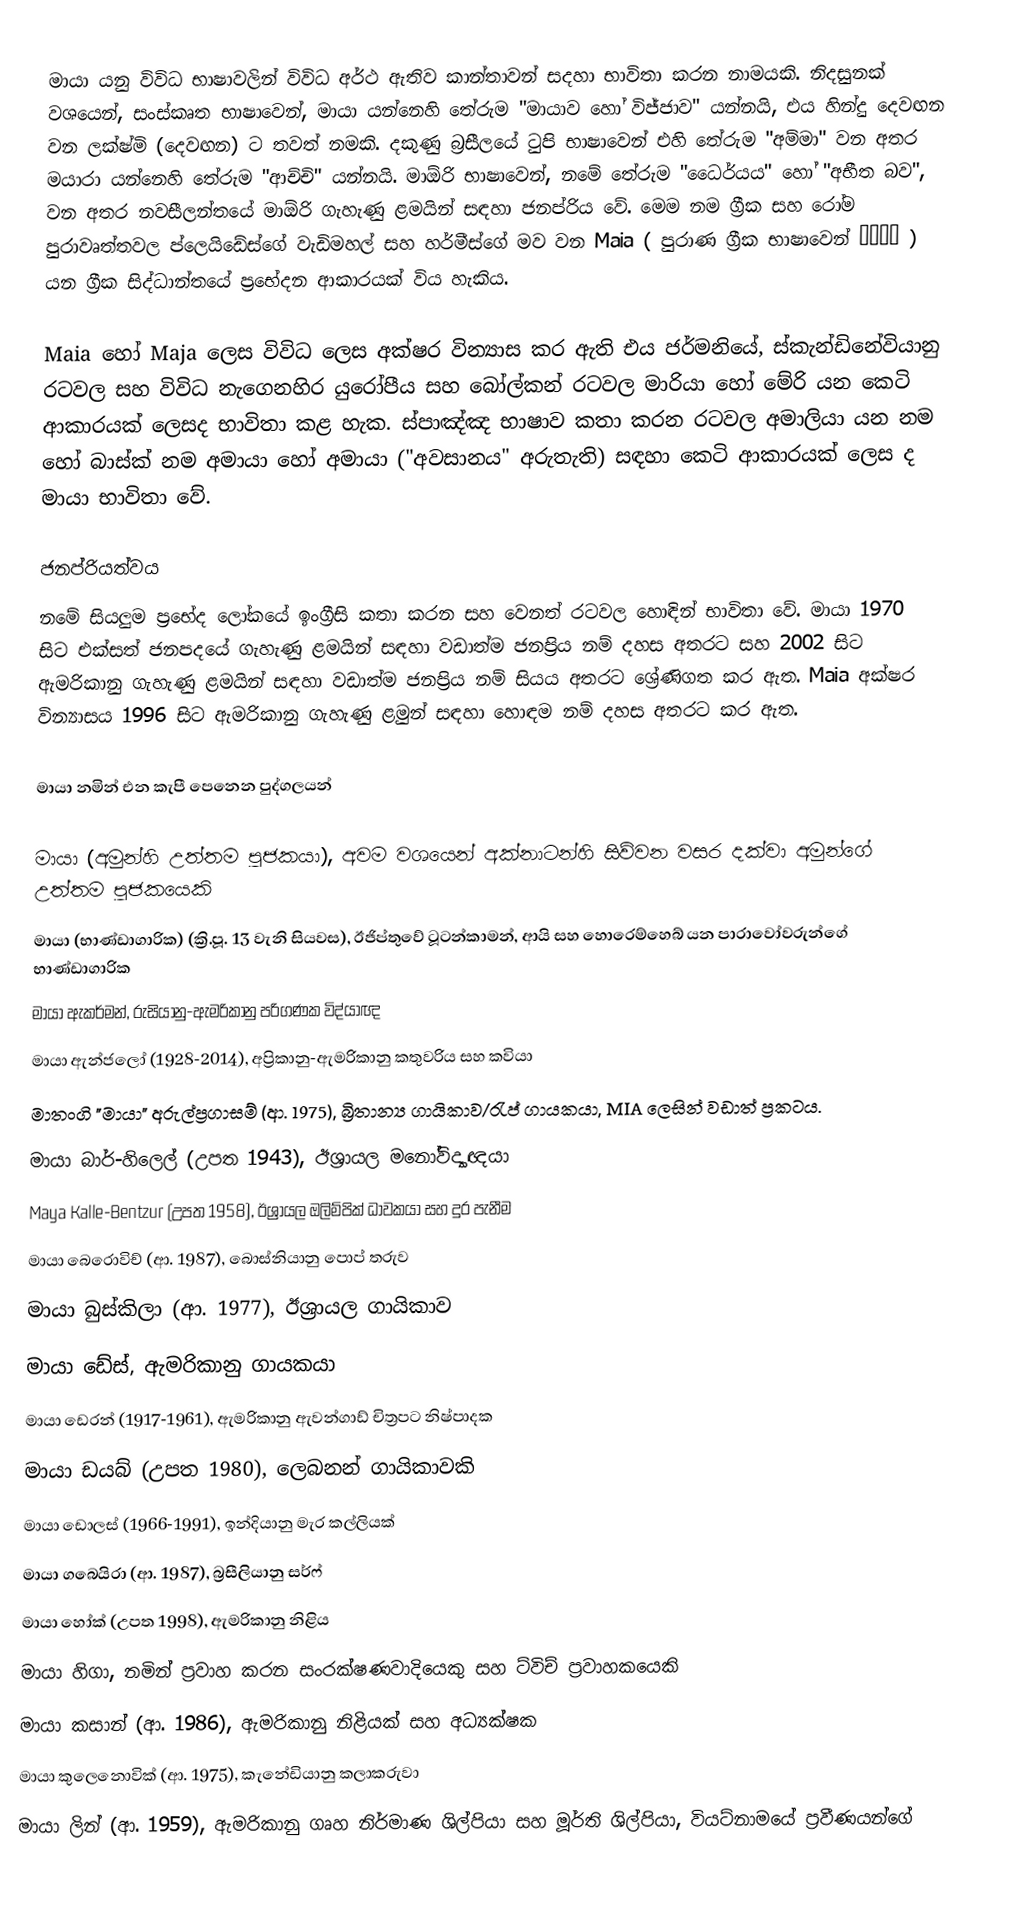
මායා යනු විවිධ භාෂාවලින් විවිධ අර්ථ ඇතිව කාන්තාවන් සදහා භාවිතා කරන නාමයකි. නිදසුනක් වශයෙන්, සංස්කෘත භාෂාවෙන්, මායා යන්නෙහි තේරුම "මායාව හෝ විජ්ජාව" යන්නයි, එය හින්දු දෙවඟන වන ලක්ෂ්මි (දෙවඟන) ට තවත් නමකි.  දකුණු බ්‍රසීලයේ ටුපි භාෂාවෙන් එහි තේරුම "අම්මා" වන අතර මයාරා යන්නෙහි තේරුම "ආච්චි" යන්නයි.  මාඕරි භාෂාවෙන්, නමේ තේරුම "ධෛර්යය" හෝ "අභීත බව", වන  අතර නවසීලන්තයේ මාඕරි ගැහැණු ළමයින් සඳහා ජනප්රිය වේ.  මෙම නම ග්‍රීක සහ රෝම පුරාවෘත්තවල ප්ලෙයිඩේස්ගේ වැඩිමහල් සහ හර්මීස්ගේ මව වන Maia ( පුරාණ ග්‍රීක භාෂාවෙන් Μαῖα ) යන ග්‍රීක සිද්ධාන්තයේ ප්‍රභේදන ආකාරයක් විය හැකිය.

Maia හෝ Maja ලෙස විවිධ ලෙස අක්ෂර වින්‍යාස කර ඇති එය ජර්මනියේ, ස්කැන්ඩිනේවියානු රටවල සහ විවිධ නැගෙනහිර යුරෝපීය සහ බෝල්කන් රටවල මාරියා හෝ මේරි යන කෙටි ආකාරයක් ලෙසද භාවිතා කළ හැක. ස්පාඤ්ඤ භාෂාව කතා කරන රටවල අමාලියා යන නම හෝ බාස්ක් නම අමායා හෝ අමායා ("අවසානය" අරුතැති) සඳහා කෙටි ආකාරයක් ලෙස ද මායා භාවිතා වේ.

ජනප්රියත්වය
නමේ සියලුම ප්‍රභේද ලෝකයේ  ඉංග්‍රීසි කතා කරන සහ වෙනත් රටවල හොඳින් භාවිතා වේ. මායා 1970 සිට එක්සත් ජනපදයේ ගැහැණු ළමයින් සඳහා වඩාත්ම ජනප්‍රිය නම් දහස අතරට සහ 2002 සිට ඇමරිකානු ගැහැණු ළමයින් සඳහා වඩාත්ම ජනප්‍රිය නම් සියය අතරට ශ්‍රේණිගත කර ඇත. Maia අක්ෂර වින්‍යාසය 1996 සිට ඇමරිකානු ගැහැණු ළමුන් සඳහා හොඳම නම් දහස අතරට  කර ඇත.

මායා නමින් එන කැපී පෙනෙන පුද්ගලයන්

 මායා (අමුන්හි උත්තම පූජකයා), අවම වශයෙන් අක්නාටන්හි සිව්වන වසර දක්වා අමුන්ගේ උත්තම පූජකයෙකි
 මායා (භාණ්ඩාගාරික) (ක්‍රි.පූ. 13 වැනි සියවස), ඊජිප්තුවේ ටූටන්කාමන්, ආයි සහ හොරෙම්හෙබ් යන පාරාවෝවරුන්ගේ භාණ්ඩාගාරික
 මායා ඇකර්මන්, රුසියානු-ඇමරිකානු පරිගණක විද්යාඥ
 මායා ඇන්ජලෝ (1928-2014), අප්‍රිකානු-ඇමරිකානු කතුවරිය සහ කවියා
 මාතංගි "මායා" අරුල්ප්‍රගාසම් (ආ. 1975), බ්‍රිතාන්‍ය ගායිකාව/රැප් ගායකයා, MIA ලෙසින් වඩාත් ප්‍රකටය.
 මායා බාර්-හිලෙල් (උපත 1943), ඊශ්‍රායල මනෝවිද්‍යාඥයා
 Maya Kalle-Bentzur (උපත 1958), ඊශ්‍රායල ඔලිම්පික් ධාවකයා සහ දුර පැනීම
 මායා බෙරොවිච් (ආ. 1987), බොස්නියානු පොප් තරුව
 මායා බුස්කිලා (ආ. 1977), ඊශ්‍රායල ගායිකාව
 මායා ඩේස්, ඇමරිකානු ගායකයා
 මායා ඩෙරන් (1917-1961), ඇමරිකානු ඇවන්ගාඩ් චිත්‍රපට නිෂ්පාදක
 මායා ඩයබ් (උපත 1980), ලෙබනන් ගායිකාවකි
 මායා ඩොලස් (1966-1991), ඉන්දියානු මැර කල්ලියක්
 මායා ගබෙයිරා (ආ. 1987), බ්‍රසීලියානු සර්ෆ්
 මායා හෝක් (උපත 1998), ඇමරිකානු නිළිය
 මායා හිගා, නමින් ප්‍රවාහ කරන සංරක්ෂණවාදියෙකු සහ ට්විච් ප්‍රවාහකයෙකි
 මායා කසාන් (ආ. 1986), ඇමරිකානු නිළියක් සහ අධ්‍යක්ෂක
 මායා කුලෙනොවික් (ආ. 1975), කැනේඩියානු කලාකරුවා
 මායා ලින් (ආ. 1959), ඇමරිකානු ගෘහ නිර්මාණ ශිල්පියා සහ මූර්ති ශිල්පියා, වියට්නාමයේ ප්‍රවීණයන්ගේ